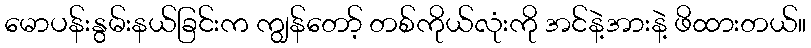
မောပန်းနွမ်းနယ်ခြင်းက ကျွန်တော့် တစ်ကိုယ်လုံးကို အင်နဲ့အားနဲ့ ဖိထားတယ်။